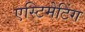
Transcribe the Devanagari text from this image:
एस्टिमेटिंग